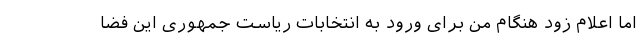
اما اعلام زود هنگام من برای ورود به انتخابات ریاست جمهوری این فضا